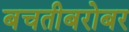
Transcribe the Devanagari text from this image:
बचतीबरोबर